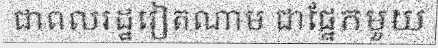
ជាពលរដ្ឋវៀតណាម ជាផ្នែកមួយ